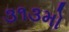
૩૧૩મો